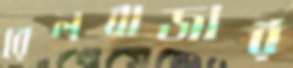
রেলবাজার